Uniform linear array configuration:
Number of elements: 12
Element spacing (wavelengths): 0.5
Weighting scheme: uniform
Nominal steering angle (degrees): -60
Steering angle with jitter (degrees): -61.225
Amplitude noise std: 0.05
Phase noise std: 0.05

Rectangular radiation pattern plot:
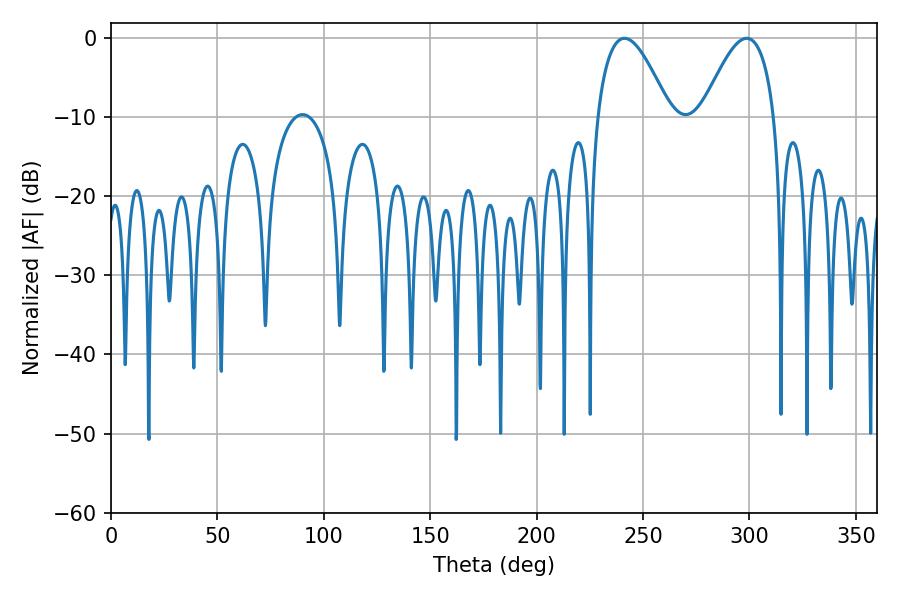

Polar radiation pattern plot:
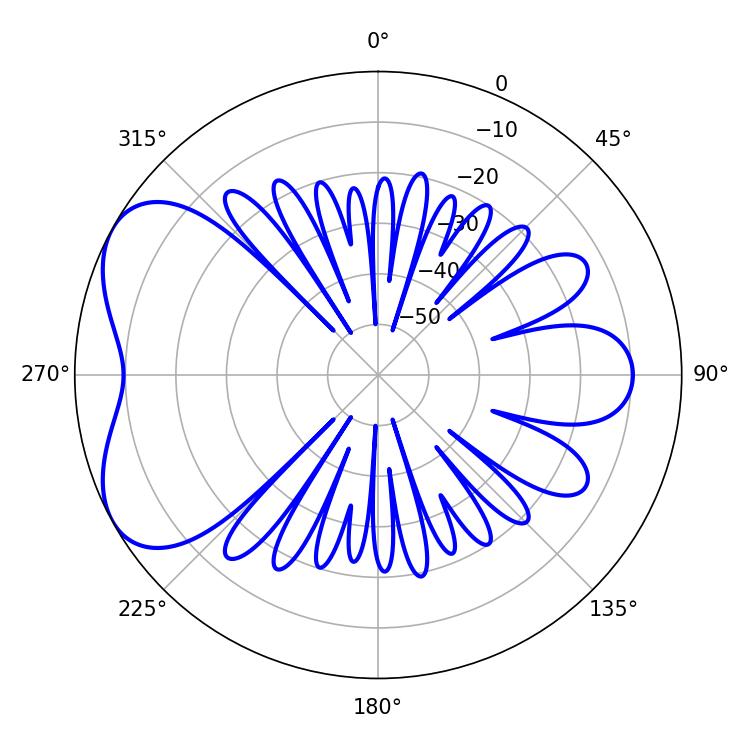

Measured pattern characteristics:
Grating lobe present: FALSE
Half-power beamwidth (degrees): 18.54
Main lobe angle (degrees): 241.2